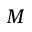
M